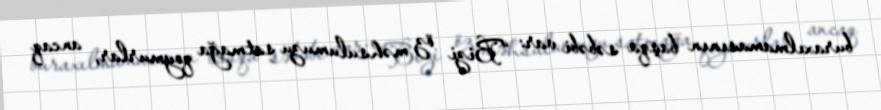
buraxılmamasının başqa səbəbi var: “Bizi öz məhsulumuzu satmağa qoymurlar, ancaq